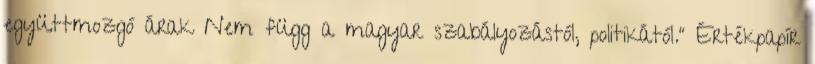
együttmozgó árak Nem függ a magyar szabályozástól, politikától." Értékpapír